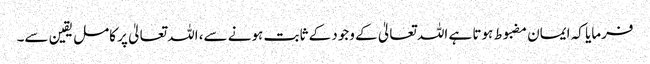
فرمایا کہ ایمان مضبوط ہوتا ہے اللہ تعالیٰ کے وجود کے ثابت ہونے سے، اللہ تعالیٰ پر کامل یقین سے۔